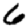
Digit: 6